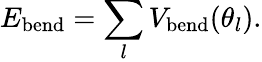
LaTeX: E_{\mathrm{bend}}=\sum_{l}V_{\mathrm{bend}}(\theta_{l}).